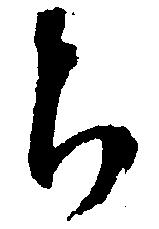
ち